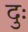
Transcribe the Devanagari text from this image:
दुः